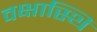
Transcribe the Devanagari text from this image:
वक्षास्थि